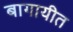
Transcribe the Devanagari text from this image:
बागायीत